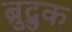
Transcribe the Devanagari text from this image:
ब्रुद्रुक